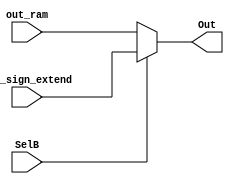
`timescale 1ns / 1ps
//////////////////////////////////////////////////////////////////////////////////
// Company: 
// Engineer: 
// 
// Design Name: 
// Module Name: mux_B
// Project Name: 
// Target Devices: 
// Tool Versions: 
// Description: 
// 
// Dependencies: 
// 
// Revision:
// Revision 0.01 - File Created
// Additional Comments:
// 
//////////////////////////////////////////////////////////////////////////////////


module mux_B#(
	parameter len = 16
	) (
    input [len-1:0] out_ram,
    input [len-1:0] out_sign_extend,
    input SelB,
    
    output [len-1:0] Out
    );

    assign Out = (SelB) ? out_sign_extend : out_ram;

endmodule